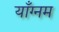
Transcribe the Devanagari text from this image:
याँग्नम